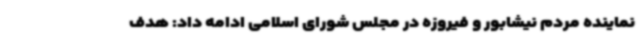
نماینده مردم نیشابور و فیروزه در مجلس شورای اسلامی ادامه داد: هدف